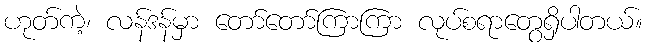
ဟုတ်ကဲ့၊ လန်ဒန်မှာ တော်တော်ကြာကြာ လုပ်စရာတွေရှိပါတယ်။